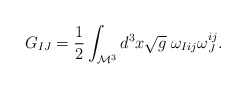
\begin{align*}G_{IJ}=\frac{1}{2} \int_{\mathcal{M}^{3}} d^{3}x\sqrt{g}\; \omega_{Iij}\omega_{J}^{ij}.\end{align*}